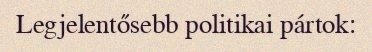
Legjelentősebb politikai pártok: